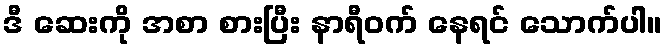
ဒီ ဆေးကို အစာ စားပြီး နာရီဝက် နေရင် သောက်ပါ။